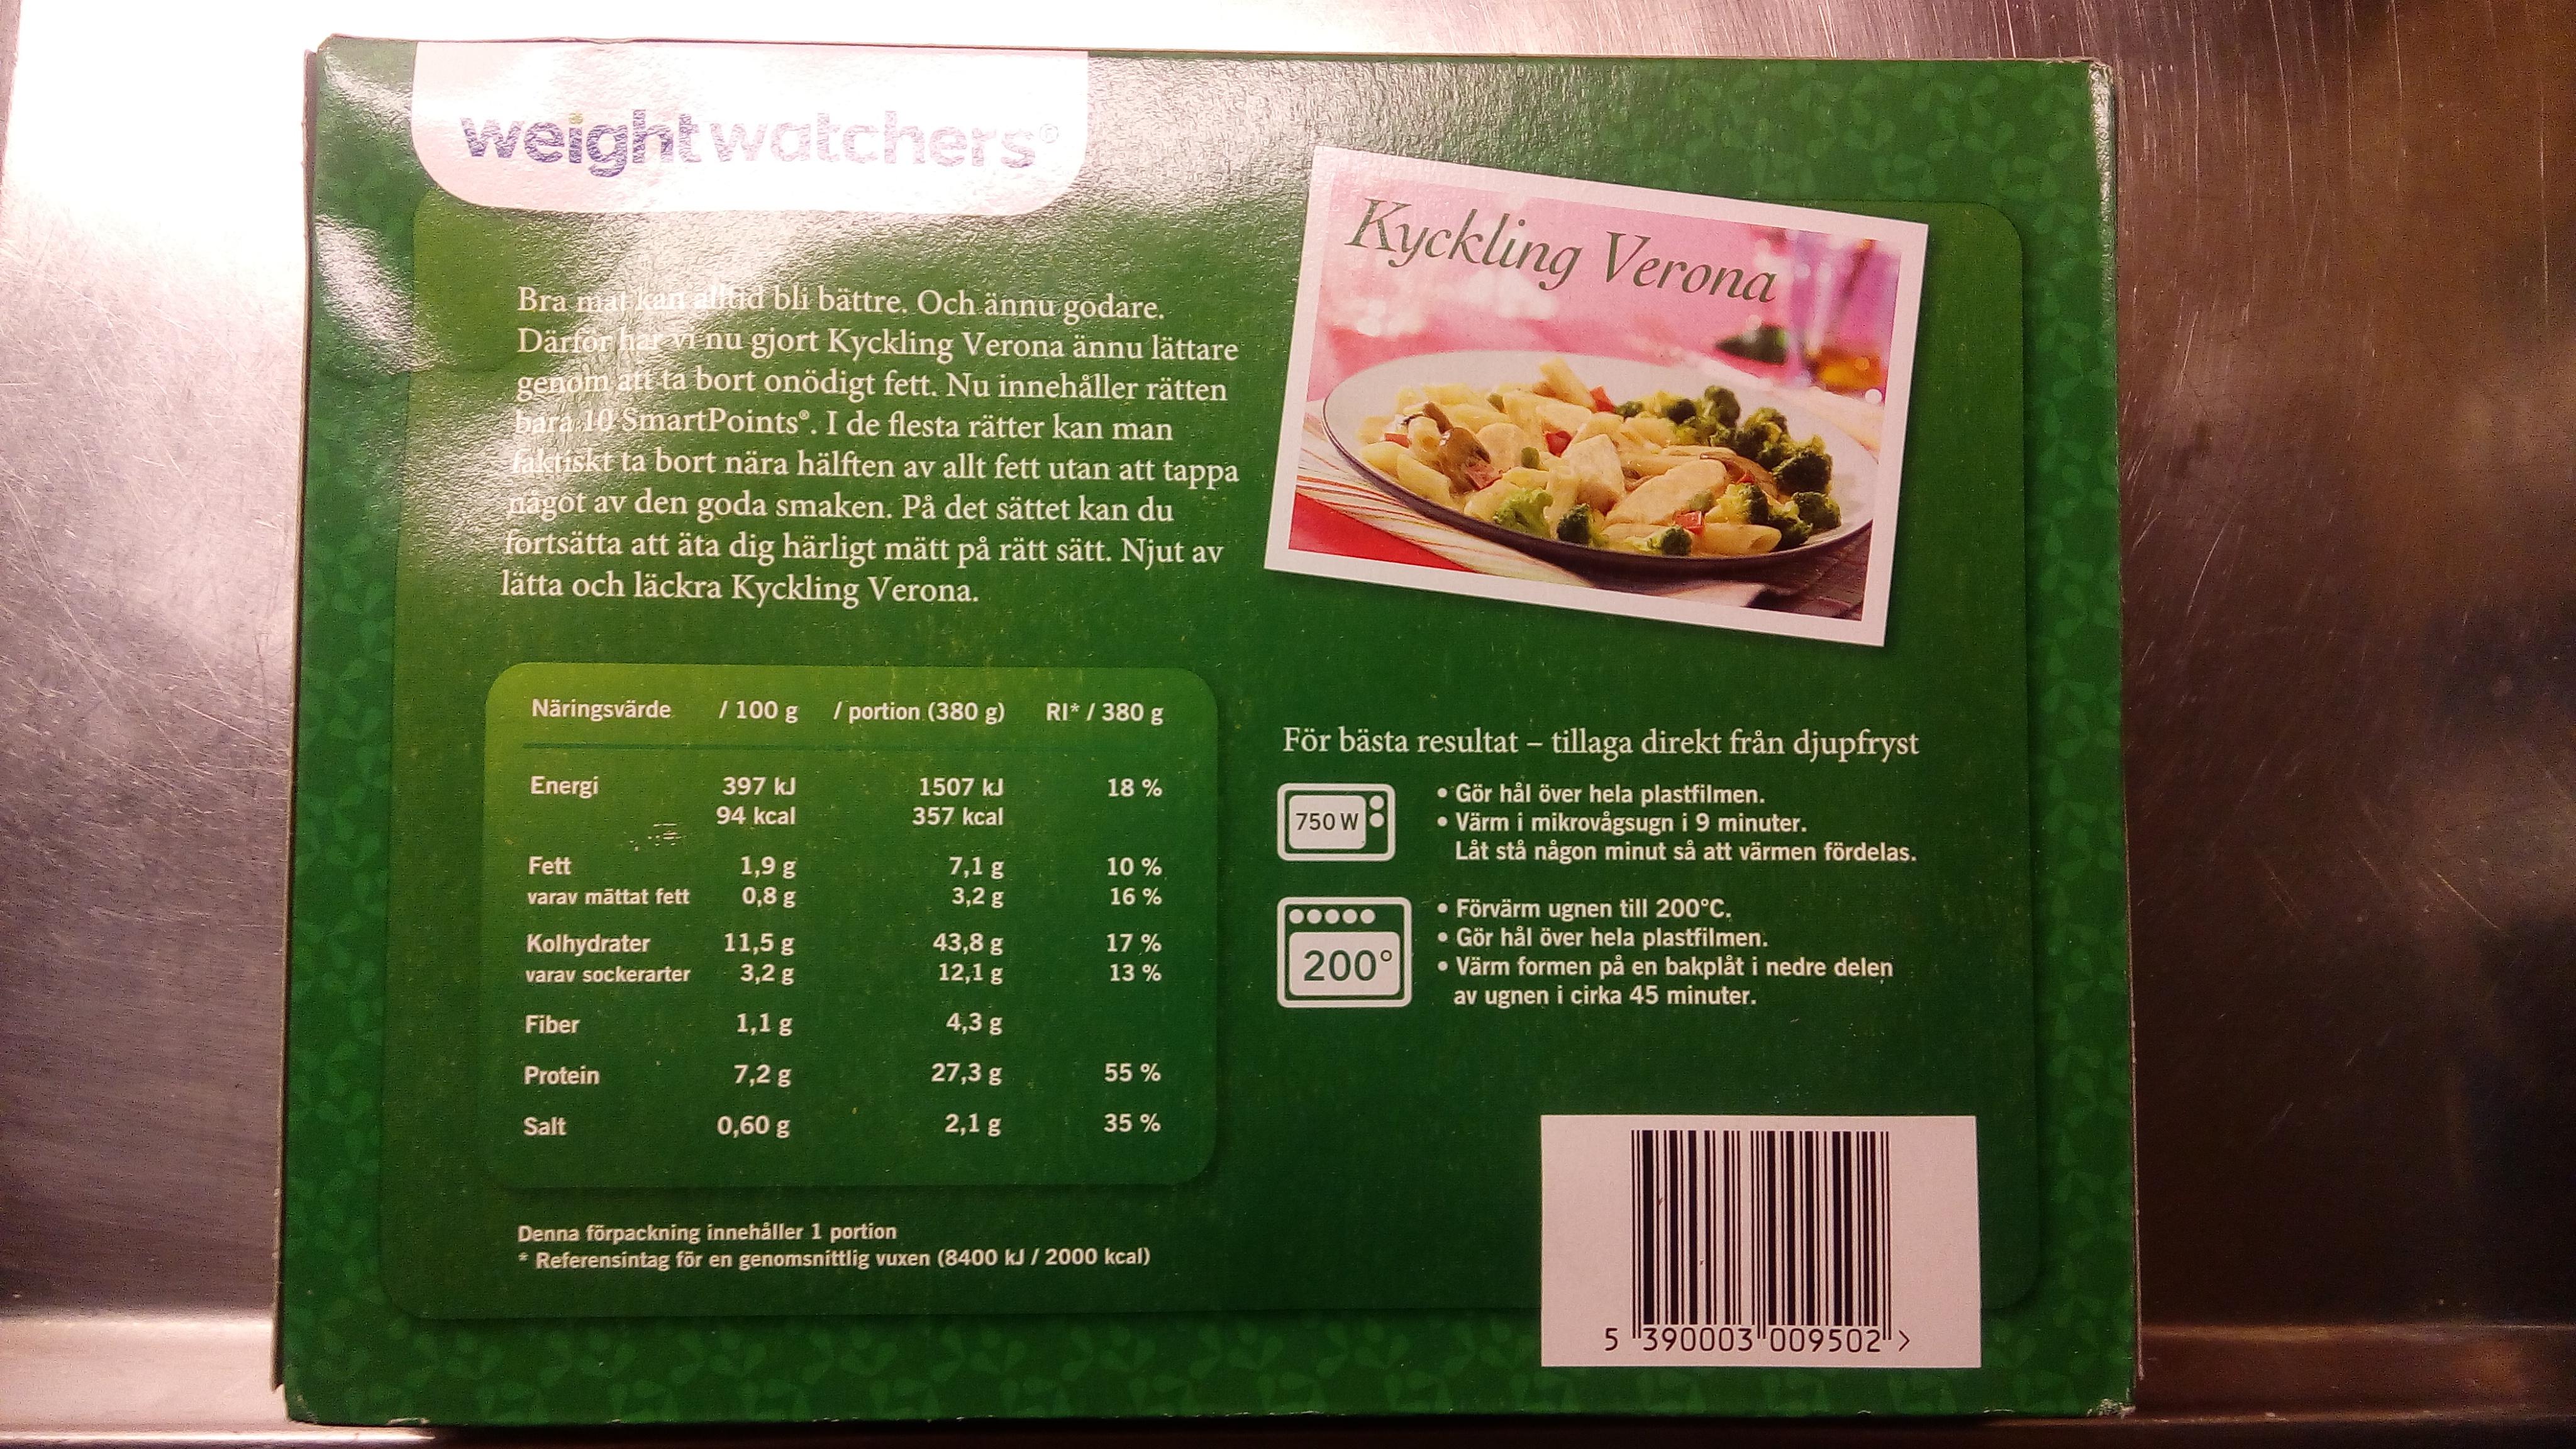
weight watchers
Bra mat kan alltid bli bättre. Och ännu godare. Därför har vi nu gjort Kyckling Verona ännu lättare genom att ta bort onödigt fett. Nu innehåller rätten bara 10 SmartPoints. I de flesta rätter kan man faktiskt ta bort nära hälften av allt fett utan att tappa nagot av den goda smaken. På det sättet kan du fortsätta att äta dig härligt mätt på rätt sätt. Njut av lätta och läckra Kyckling Verona.
Näringsvärde
Energi
Fett
varav mättat fett
Kolhydrater
varav sockerarter
Fiber
Protein
Salt
/ 100 g
397 kJ
94 kcal
1,9 g
0,8 g
11,5 g
3,2 g
1,1 g
7,2 g
0,60 g
/ portion (380 g)
1507 kJ 357 kcal
7,1 g
3,2 g
43,8 g
12,1 g
4,3 g
27,3 g
2,1 g
RI* / 380 g
18%
10%
16%
17%
13 %
55 %
35 %
Denna förpackning innehåller 1 portion
* Referensintag för en genomsnittlig vuxen (8400 kJ/2000 kcal)
Kyckling Verona
För bästa resultat - tillaga direkt från djupfryst
• Gör hål över hela plastfilmen.
• Värm i mikrovågsugn i 9 minuter.
Låt stå någon minut så att värmen fördelas.
750 W
200°
• Förvärm ugnen till 200°C.
• Gör hål över hela plastfilmen.
• Värm formen på en bakplåt i nedre delen
av ugnen i cirka 45 minuter.
5 "390003 009502">